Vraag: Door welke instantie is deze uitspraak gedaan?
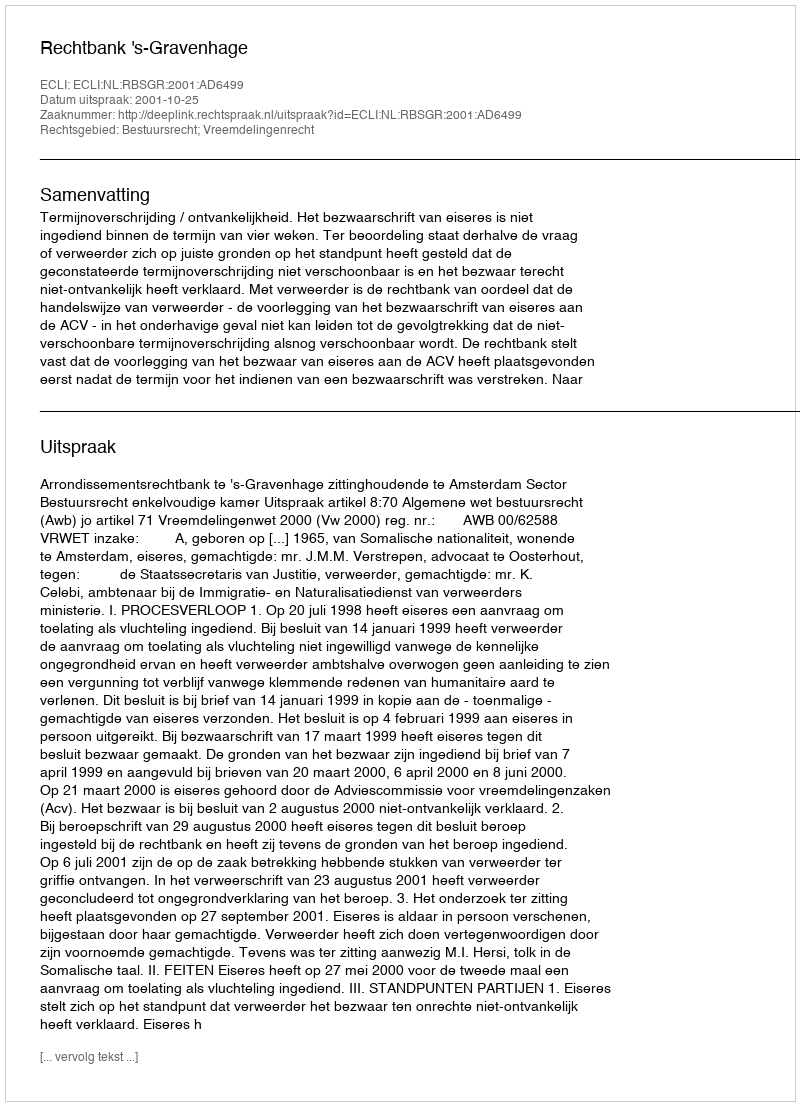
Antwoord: Rechtbank 's-Gravenhage